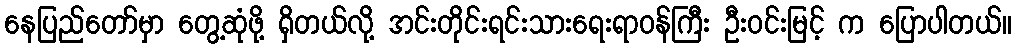
နေပြည်တော်မှာ တွေ့ဆုံဖို့ ရှိတယ်လို့ အင်းတိုင်းရင်းသားရေးရာဝန်ကြီး ဦးဝင်းမြင့် က ပြောပါတယ်။